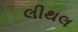
લીથલ